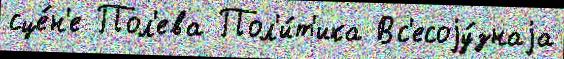
сце́н'е Пол'ева Пол'и́т'ика Вс'есоjу́знаjа